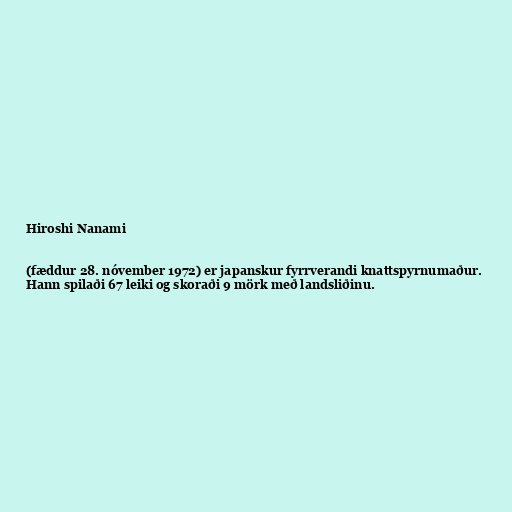
Hiroshi Nanami

(fæddur 28. nóvember 1972) er japanskur fyrrverandi knattspyrnumaður.
Hann spilaði 67 leiki og skoraði 9 mörk með landsliðinu.